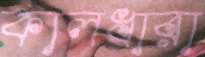
কালধারা